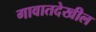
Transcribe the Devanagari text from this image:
गावातदेखील